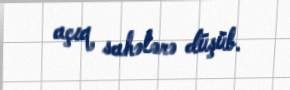
açıq sahələrə düşüb.